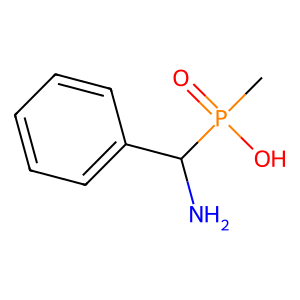
SMILES: CP(=O)(O)C(N)c1ccccc1
Inhibits HIV replication: No